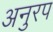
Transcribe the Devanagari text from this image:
अनुरप